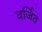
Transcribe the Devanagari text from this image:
वर्जित